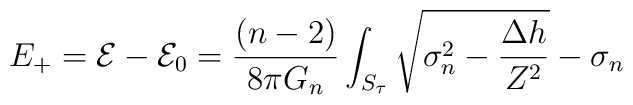
E_+=\mathcal{E}-\mathcal{E}_0=\frac{(n-2)}{8 \pi G_n} \int_{S_{\tau}}\sqrt{\sigma_n^2-\frac{\Delta h}{Z^2}} -\sigma_n